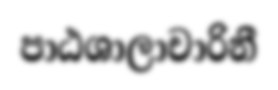
පාඨශාලාචාරිනී